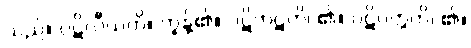
သည်။ ပဋိလီယတိ။ တွန့်၏။ ပဋိကုဋတိ၊ ၏။ ပဋိဝတ္တတိ၊ ၏။